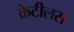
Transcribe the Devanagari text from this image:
क्रेटीलस